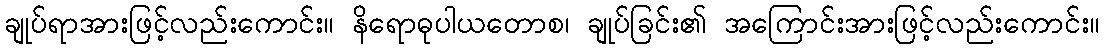
ချုပ်ရာအားဖြင့်လည်းကောင်း။ နိရောဓုပါယတောစ၊ ချုပ်ခြင်း၏ အကြောင်းအားဖြင့်လည်းကောင်း။